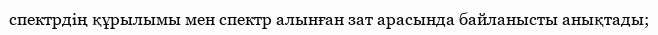
спектрдің құрылымы мен спектр алынған зат арасында байланысты анықтады;